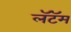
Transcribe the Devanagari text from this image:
लॅटॅम